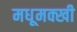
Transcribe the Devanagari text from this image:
मधूमक्खी